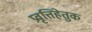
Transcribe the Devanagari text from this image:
प्रवृत्तिहेतुक